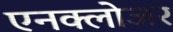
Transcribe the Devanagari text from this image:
एनक्लोजर